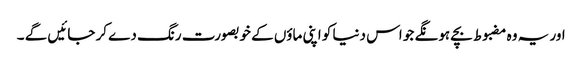
اور یہ وہ مضبوط بچے ہونگے جو اس دنیا کو اپنی ماؤں کے خوبصورت رنگ دے کر جائیں گے ۔